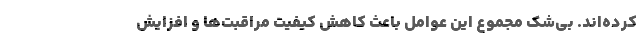
کرده‌اند. بی‌شک مجموع این عوامل باعث کاهش کیفیت مراقبت‌ها و افزایش